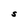
Character: S